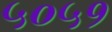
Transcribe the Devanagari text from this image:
५०५१